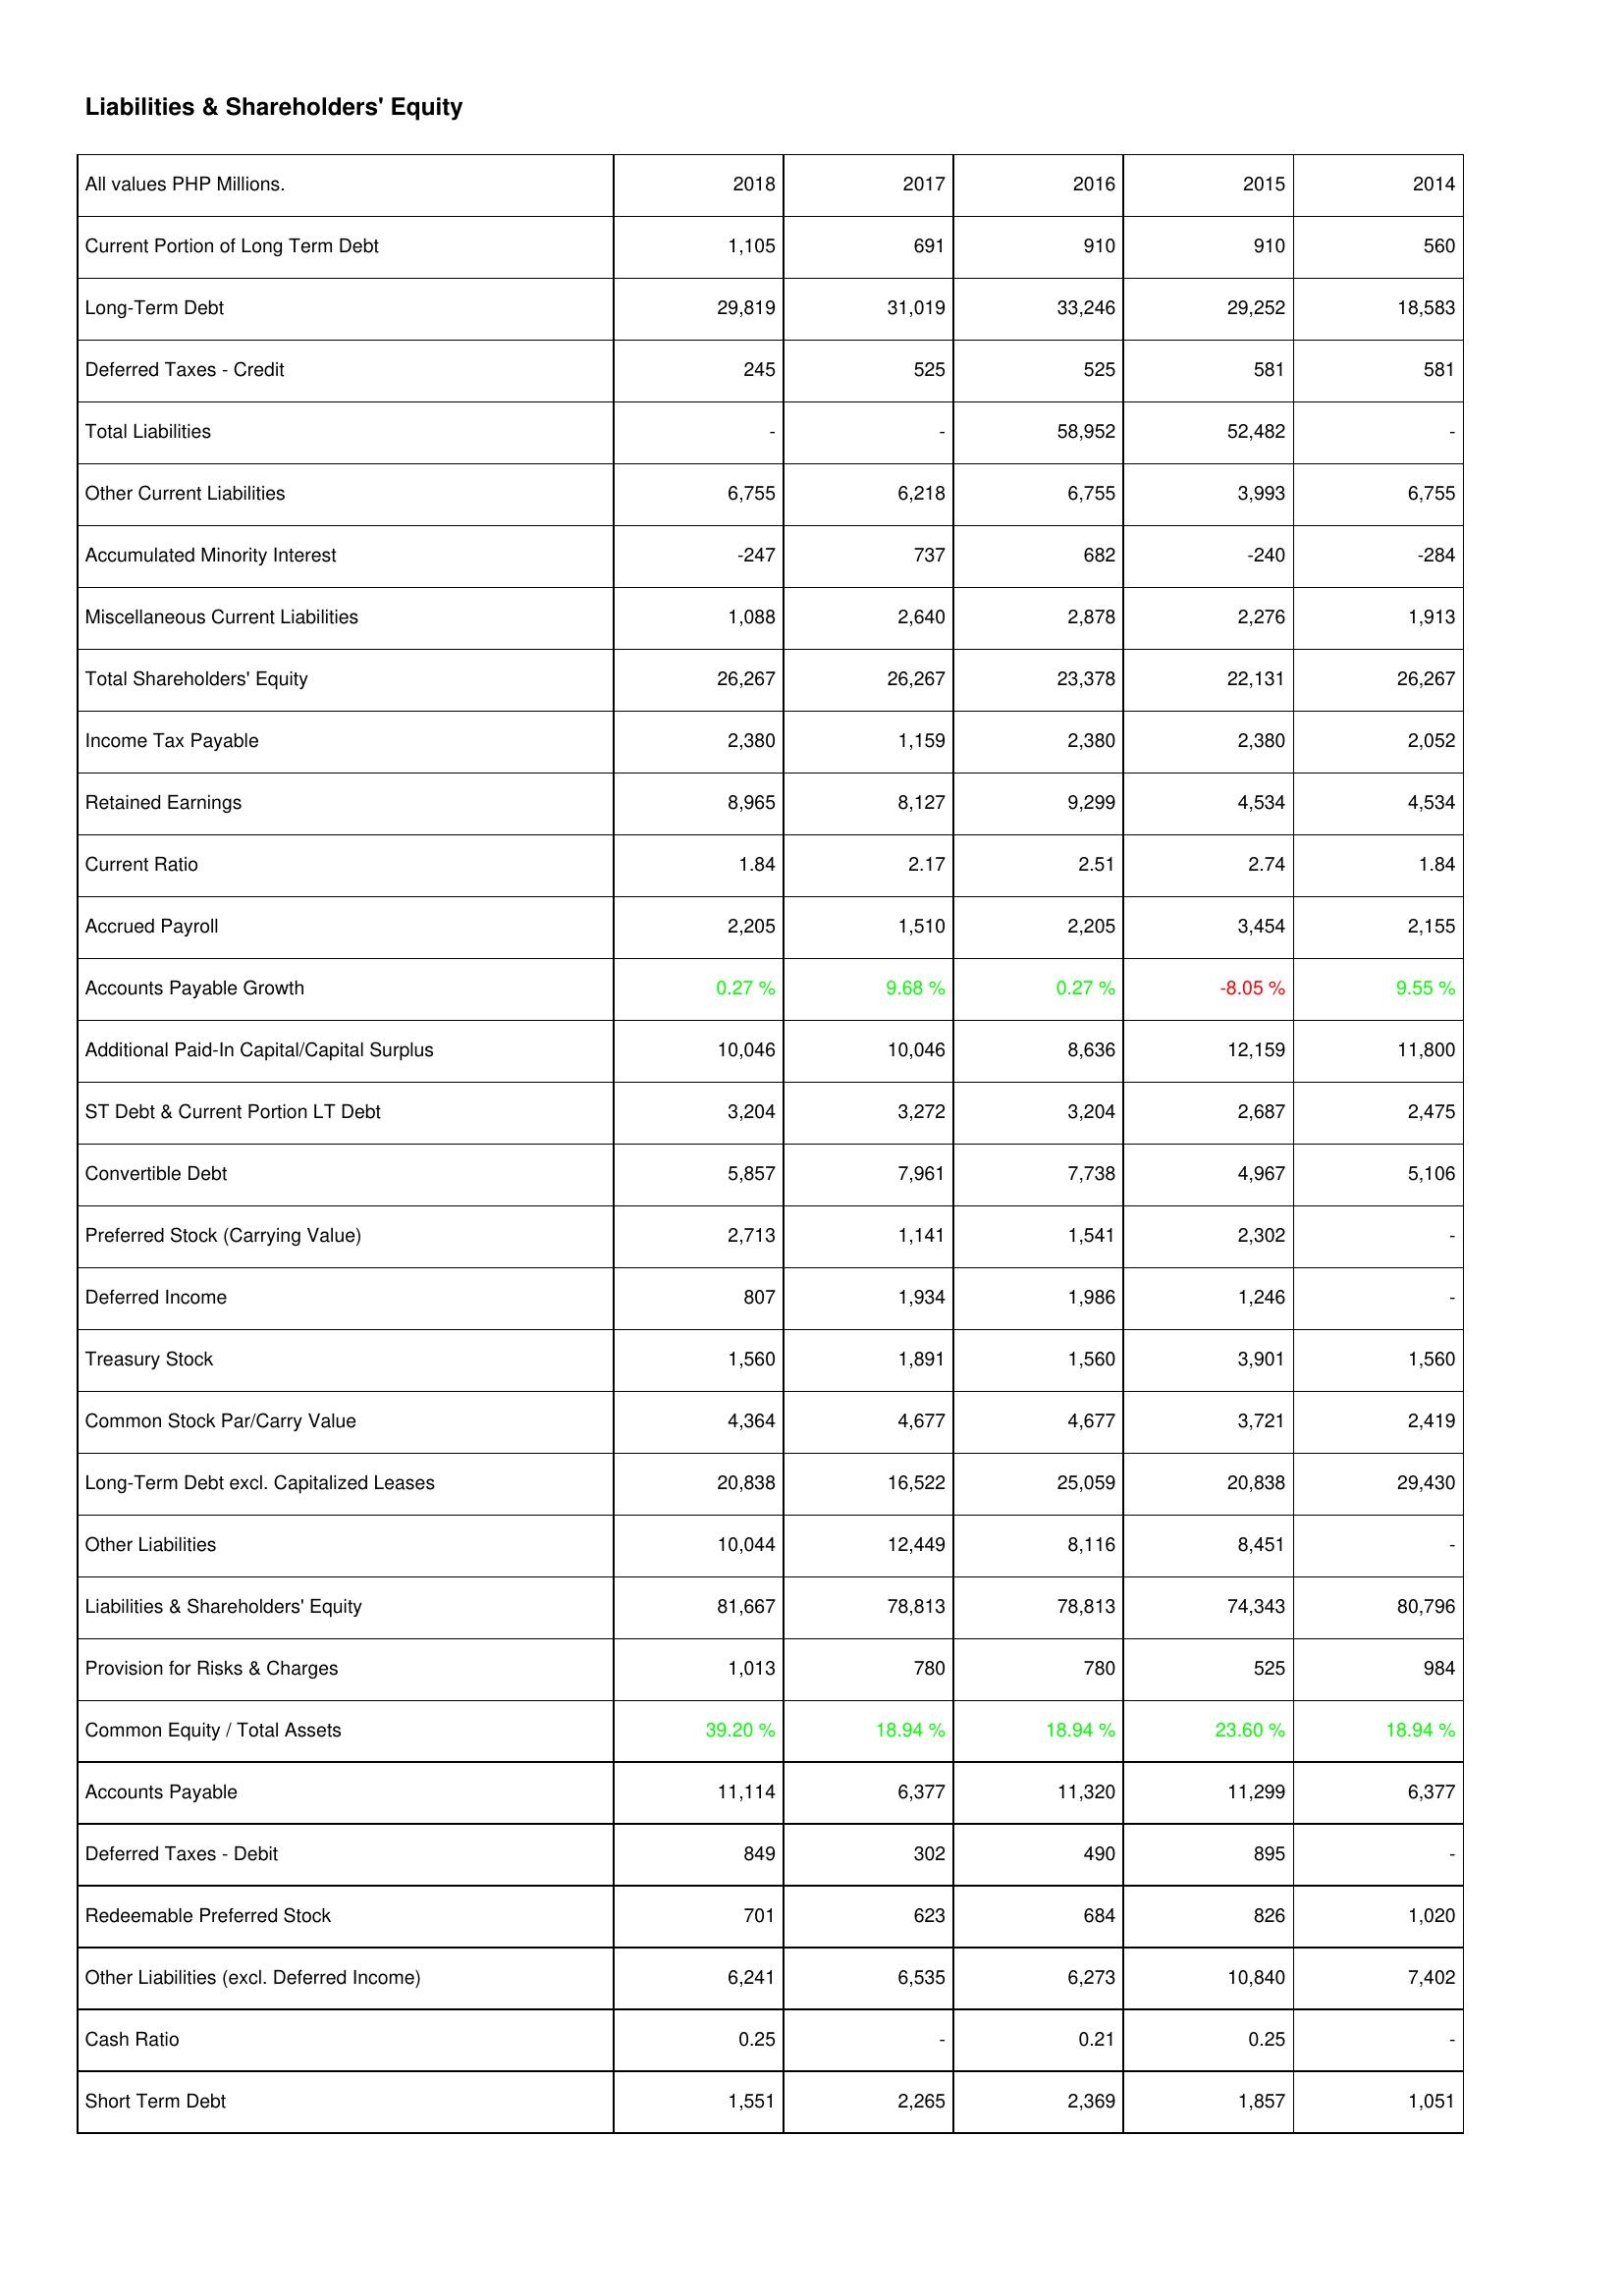
2018: Liabilities & Shareholders' Equity: Current Portion of Long Term Debt: 1,105
Long-Term Debt: 29,819
Deferred Taxes - Credit: 245
Total Liabilities: -
Other Current Liabilities: 6,755
Accumulated Minority Interest: -247
Miscellaneous Current Liabilities: 1,088
Total Shareholders' Equity: 26,267
Income Tax Payable: 2,380
Retained Earnings: 8,965
Current Ratio: 1.84
Accrued Payroll: 2,205
Accounts Payable Growth: 0.27 %
Additional Paid-In Capital/Capital Surplus: 10,046
ST Debt & Current Portion LT Debt: 3,204
Convertible Debt: 5,857
Preferred Stock (Carrying Value): 2,713
Deferred Income: 807
Treasury Stock: 1,560
Common Stock Par/Carry Value: 4,364
Long-Term Debt excl. Capitalized Leases: 20,838
Other Liabilities: 10,044
Liabilities & Shareholders' Equity: 81,667
Provision for Risks & Charges: 1,013
Common Equity / Total Assets: 39.20 %
Accounts Payable: 11,114
Deferred Taxes - Debit: 849
Redeemable Preferred Stock: 701
Other Liabilities (excl. Deferred Income): 6,241
Cash Ratio: 0.25
Short Term Debt: 1,551
2017: Liabilities & Shareholders' Equity: Current Portion of Long Term Debt: 691
Long-Term Debt: 31,019
Deferred Taxes - Credit: 525
Total Liabilities: -
Other Current Liabilities: 6,218
Accumulated Minority Interest: 737
Miscellaneous Current Liabilities: 2,640
Total Shareholders' Equity: 26,267
Income Tax Payable: 1,159
Retained Earnings: 8,127
Current Ratio: 2.17
Accrued Payroll: 1,510
Accounts Payable Growth: 9.68 %
Additional Paid-In Capital/Capital Surplus: 10,046
ST Debt & Current Portion LT Debt: 3,272
Convertible Debt: 7,961
Preferred Stock (Carrying Value): 1,141
Deferred Income: 1,934
Treasury Stock: 1,891
Common Stock Par/Carry Value: 4,677
Long-Term Debt excl. Capitalized Leases: 16,522
Other Liabilities: 12,449
Liabilities & Shareholders' Equity: 78,813
Provision for Risks & Charges: 780
Common Equity / Total Assets: 18.94 %
Accounts Payable: 6,377
Deferred Taxes - Debit: 302
Redeemable Preferred Stock: 623
Other Liabilities (excl. Deferred Income): 6,535
Cash Ratio: -
Short Term Debt: 2,265
2016: Liabilities & Shareholders' Equity: Current Portion of Long Term Debt: 910
Long-Term Debt: 33,246
Deferred Taxes - Credit: 525
Total Liabilities: 58,952
Other Current Liabilities: 6,755
Accumulated Minority Interest: 682
Miscellaneous Current Liabilities: 2,878
Total Shareholders' Equity: 23,378
Income Tax Payable: 2,380
Retained Earnings: 9,299
Current Ratio: 2.51
Accrued Payroll: 2,205
Accounts Payable Growth: 0.27 %
Additional Paid-In Capital/Capital Surplus: 8,636
ST Debt & Current Portion LT Debt: 3,204
Convertible Debt: 7,738
Preferred Stock (Carrying Value): 1,541
Deferred Income: 1,986
Treasury Stock: 1,560
Common Stock Par/Carry Value: 4,677
Long-Term Debt excl. Capitalized Leases: 25,059
Other Liabilities: 8,116
Liabilities & Shareholders' Equity: 78,813
Provision for Risks & Charges: 780
Common Equity / Total Assets: 18.94 %
Accounts Payable: 11,320
Deferred Taxes - Debit: 490
Redeemable Preferred Stock: 684
Other Liabilities (excl. Deferred Income): 6,273
Cash Ratio: 0.21
Short Term Debt: 2,369
2015: Liabilities & Shareholders' Equity: Current Portion of Long Term Debt: 910
Long-Term Debt: 29,252
Deferred Taxes - Credit: 581
Total Liabilities: 52,482
Other Current Liabilities: 3,993
Accumulated Minority Interest: -240
Miscellaneous Current Liabilities: 2,276
Total Shareholders' Equity: 22,131
Income Tax Payable: 2,380
Retained Earnings: 4,534
Current Ratio: 2.74
Accrued Payroll: 3,454
Accounts Payable Growth: -8.05 %
Additional Paid-In Capital/Capital Surplus: 12,159
ST Debt & Current Portion LT Debt: 2,687
Convertible Debt: 4,967
Preferred Stock (Carrying Value): 2,302
Deferred Income: 1,246
Treasury Stock: 3,901
Common Stock Par/Carry Value: 3,721
Long-Term Debt excl. Capitalized Leases: 20,838
Other Liabilities: 8,451
Liabilities & Shareholders' Equity: 74,343
Provision for Risks & Charges: 525
Common Equity / Total Assets: 23.60 %
Accounts Payable: 11,299
Deferred Taxes - Debit: 895
Redeemable Preferred Stock: 826
Other Liabilities (excl. Deferred Income): 10,840
Cash Ratio: 0.25
Short Term Debt: 1,857
2014: Liabilities & Shareholders' Equity: Current Portion of Long Term Debt: 560
Long-Term Debt: 18,583
Deferred Taxes - Credit: 581
Total Liabilities: -
Other Current Liabilities: 6,755
Accumulated Minority Interest: -284
Miscellaneous Current Liabilities: 1,913
Total Shareholders' Equity: 26,267
Income Tax Payable: 2,052
Retained Earnings: 4,534
Current Ratio: 1.84
Accrued Payroll: 2,155
Accounts Payable Growth: 9.55 %
Additional Paid-In Capital/Capital Surplus: 11,800
ST Debt & Current Portion LT Debt: 2,475
Convertible Debt: 5,106
Preferred Stock (Carrying Value): -
Deferred Income: -
Treasury Stock: 1,560
Common Stock Par/Carry Value: 2,419
Long-Term Debt excl. Capitalized Leases: 29,430
Other Liabilities: -
Liabilities & Shareholders' Equity: 80,796
Provision for Risks & Charges: 984
Common Equity / Total Assets: 18.94 %
Accounts Payable: 6,377
Deferred Taxes - Debit: -
Redeemable Preferred Stock: 1,020
Other Liabilities (excl. Deferred Income): 7,402
Cash Ratio: -
Short Term Debt: 1,051